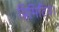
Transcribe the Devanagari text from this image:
प्रिमिटिव।